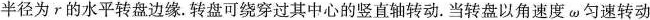
半径为r的水平转盘边缘.转盘可绕穿过其中心的竖直轴转动.当转盘以角速度ω匀速转动